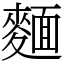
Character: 麵